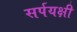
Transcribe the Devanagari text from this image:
सर्पयक्षी